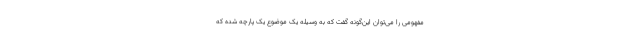
مفهومی را می‌توان این‌گونه گفت که به وسیله یک موضوع یک پارچه شده که